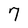
Character: 7